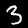
Digit: 3